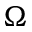
\Omega